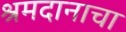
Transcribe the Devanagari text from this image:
श्रमदानाचा